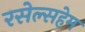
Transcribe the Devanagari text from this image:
रसेल्सहेम